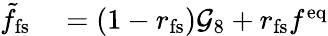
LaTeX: \begin{array}{rl}{\tilde{f}_{\mathrm{fs}}}&{{}=\left(1-r_{\mathrm{fs}}\right)\mathcal{G}_{8}+r_{\mathrm{fs}}f^{\mathrm{eq}}}\end{array}